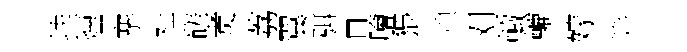
挂煙搴社磋煑荔翼弭旦膾猥煩刈輙轆嫁笄